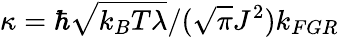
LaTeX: \kappa=\hbar\sqrt{k_{B}T\lambda}/(\sqrt{\pi}J^{2})k_{FGR}